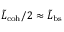
\tilde { L } _ { \mathrm { c o h } } / 2 \approx \tilde { L } _ { \mathrm { b s } }